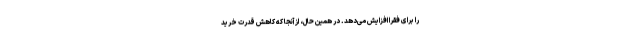
را برای فقرا افزایش می‌دهد. در همین حال، از آنجا که کاهش قدرت خرید